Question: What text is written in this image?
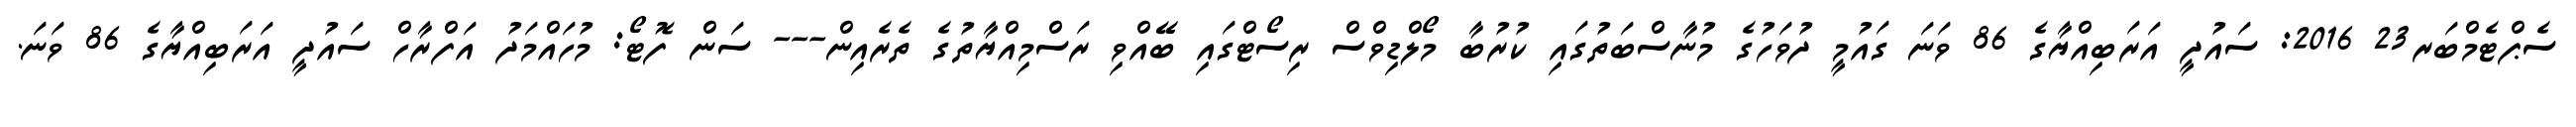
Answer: ސެޕްޓެމްބަރ23 2016: ސައުދީ އަރަބިއްޔާގެ 86 ވަނަ ގައުމީ ދުވަހުގެ މުނާސްބަތުގައި ކުރުބާ މޯލްޑިވްސް ރިސޯޓްގައި ބޭއްވި ރަސްމިއްޔާތުގެ ތެރެއިން--- ސަން ފޮޓޯ: މުހައްމަދު އަފްރާހް ސައުދީ އަރަބިއްޔާގެ 86 ވަނަ.